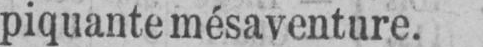
piquante mésaventure.